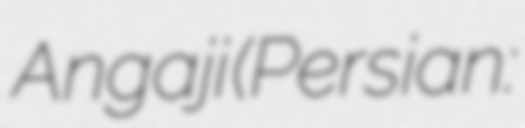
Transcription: Angaji (Persian: محمدعلی